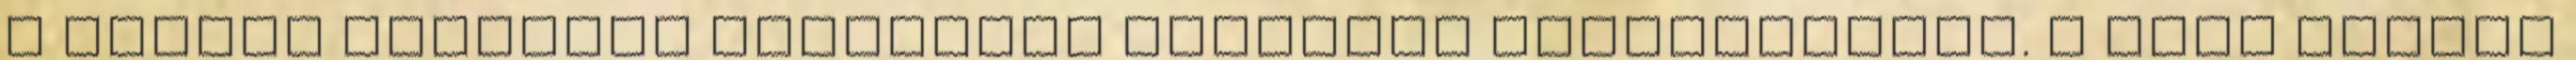
A Magyar Helsinki Bizottság ügyfelei fellebbeztek. A házi őrizet